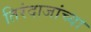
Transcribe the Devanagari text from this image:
तिरंदाजांच्या